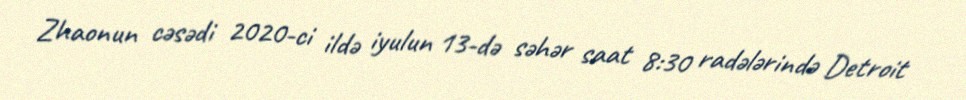
Zhaonun cəsədi 2020-ci ildə iyulun 13-də səhər saat 8:30 radələrində Detroit